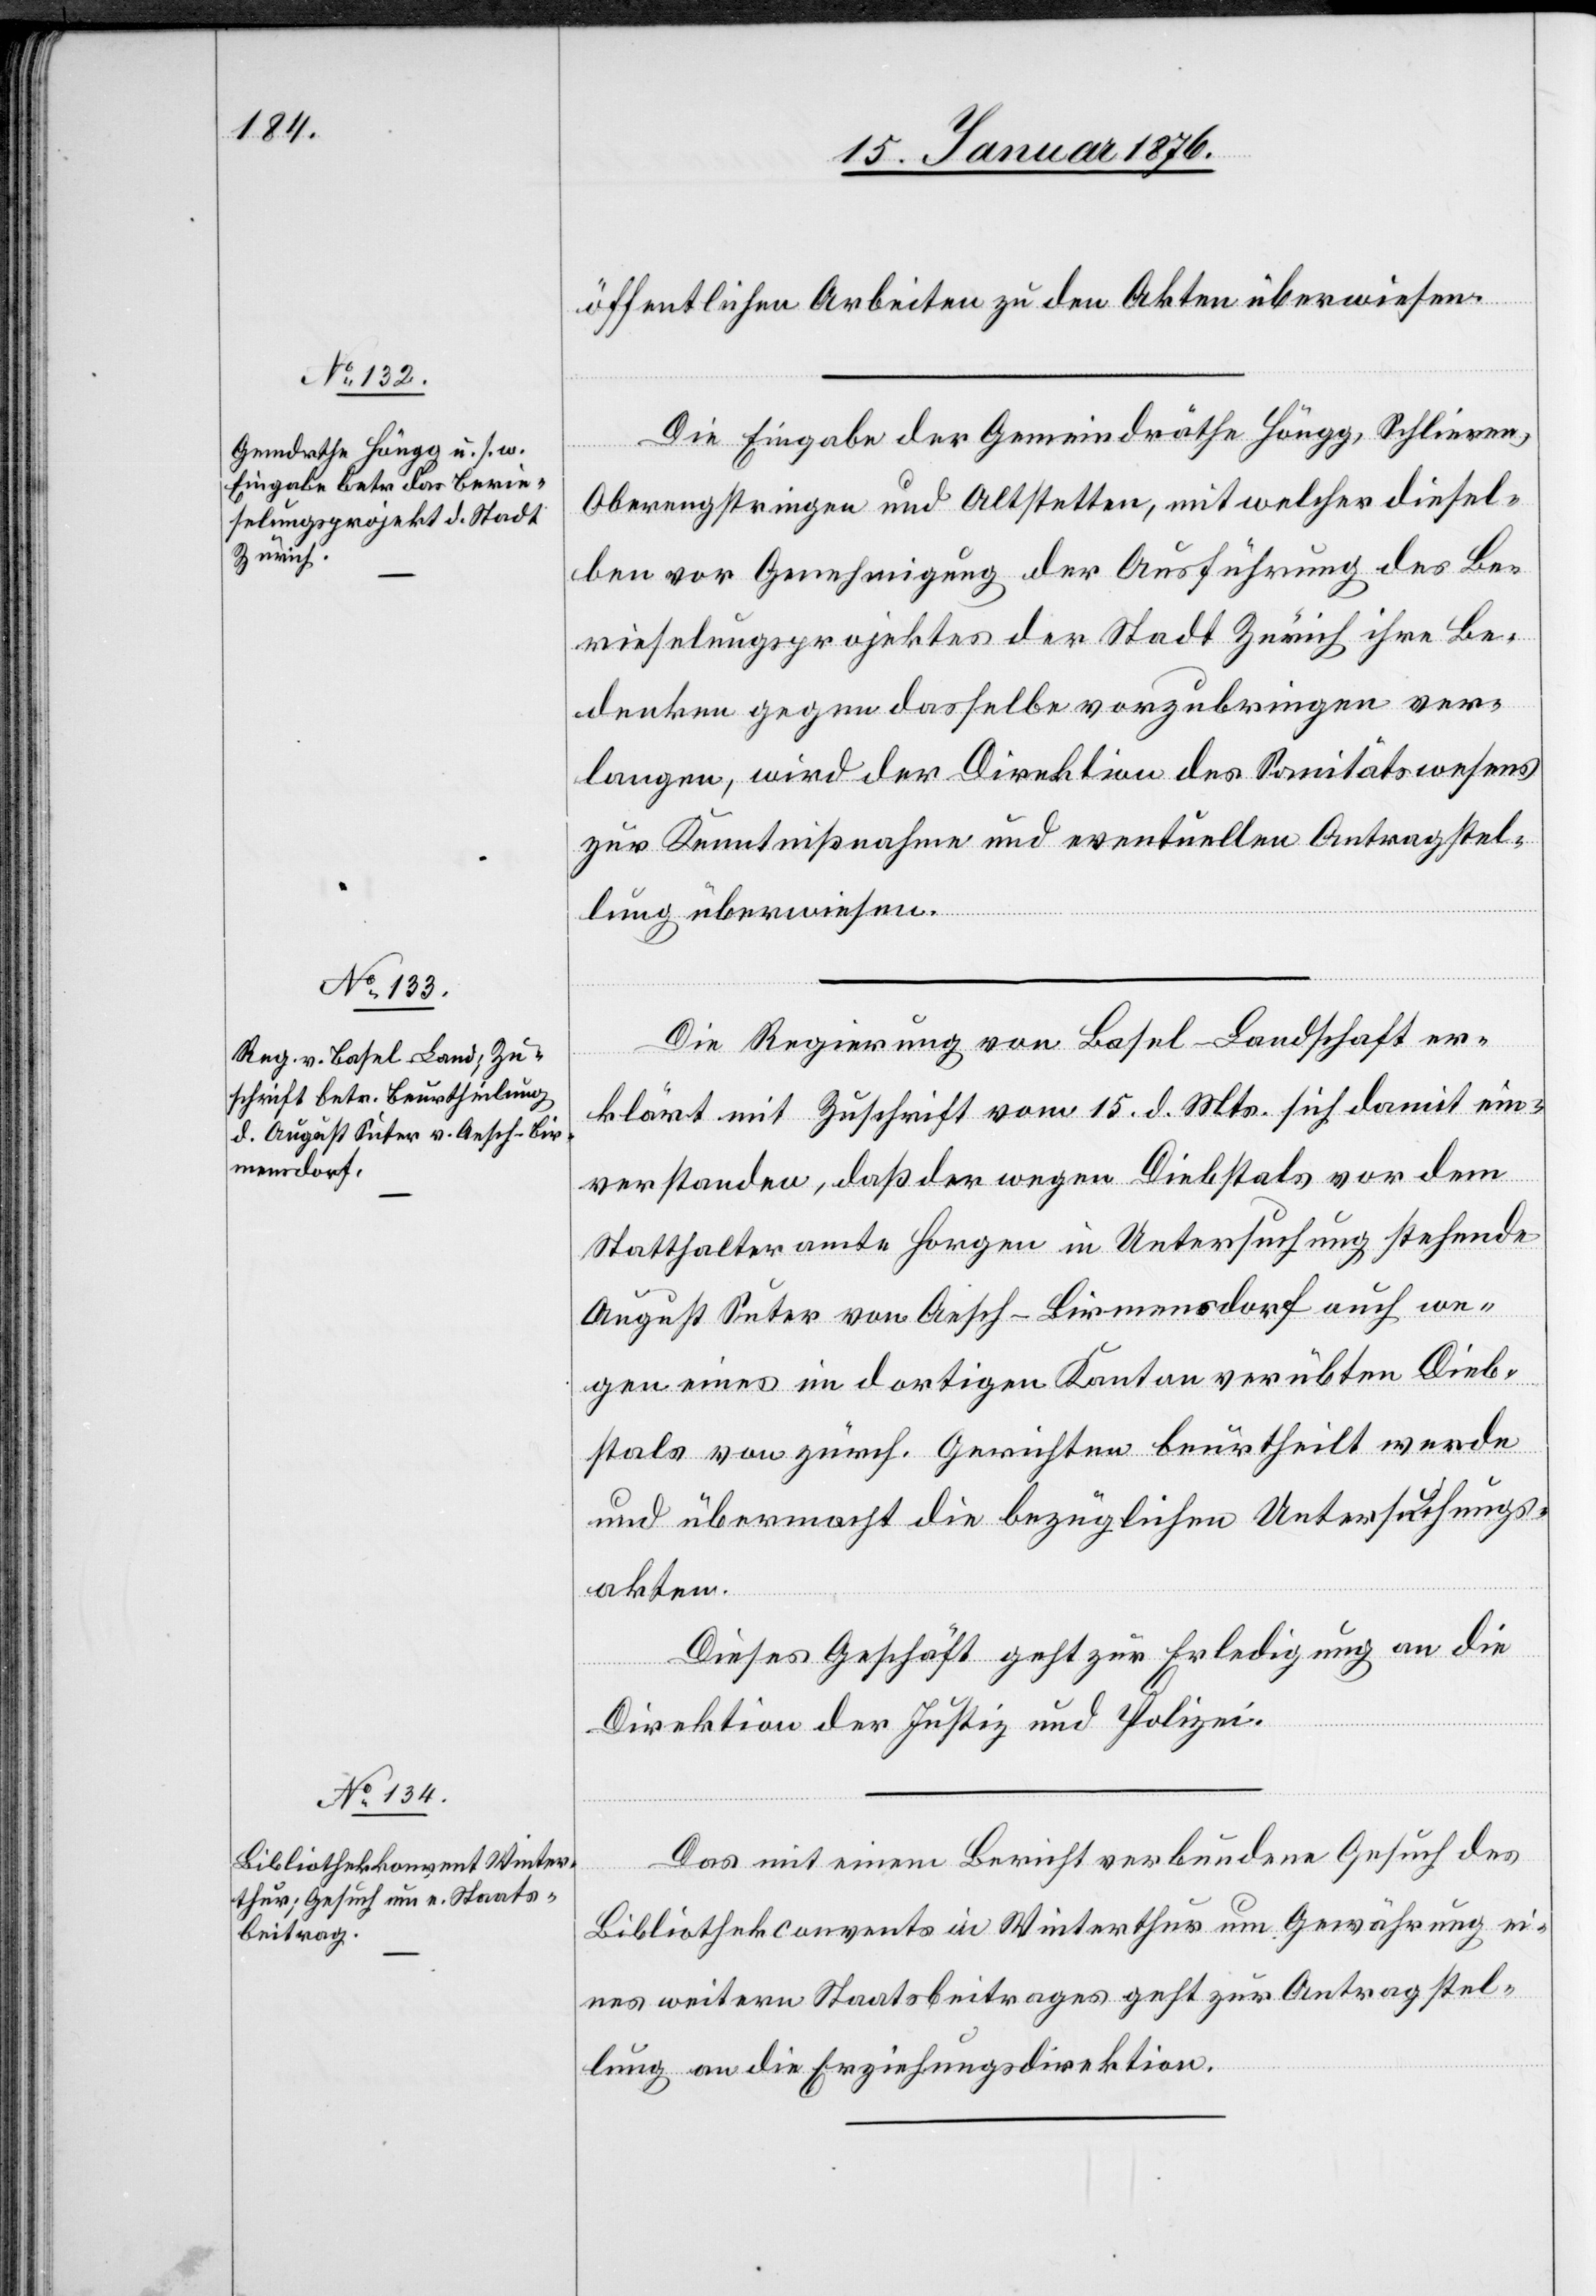
18. Januar 1876.]
öffentlichen Arbeiten zu den Akten überwiesen.
Die Eingabe der Gemeindräthe Höngg, Schlieren,
Oberengstringen und Altstetten, mit welcher diesel¬
ben vor Genehmigung der Ausführung des Be¬
rieselungsprojektes der Stadt Zürich ihre Be¬
denken gegen dasselbe vorzubringen ver¬
langen, wird der Direktion des Sanitätswesens
zur Kenntnißnahme und eventuellen Antragstel¬
lung überwiesen.
Die Regierung von Basel-Landschaft er¬
klärt mit Zuschrift vom 15. d. Mts. sich damit ein¬
verstanden, daß der wegen Diebstals vor dem
Statthalteramte Horgen in Untersuchung stehende
August Suter von Aesch-Birmensdorf auch we¬
gen eines im dortigen Kanton verübten Dieb¬
stals von zürch. Gerichten beurtheilt werde
und übermacht die bezüglichen Untersuchungs¬
akten.
Dieses Gesuch geht zur Erledigung an die
Direktion der Justiz und Polizei.
Das mit einem Bericht verbundene Gesuch des
Bibliothekconvents in Winterthur um Gewährung ei¬
nes weitern Staatsbeitrages geht zur Antragstel¬
lung an die Erziehungsdirektion.